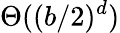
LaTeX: \Theta((b/2)^{d})